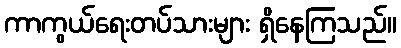
ကာကွယ်ရေးတပ်သားများ ရှိနေကြသည်။